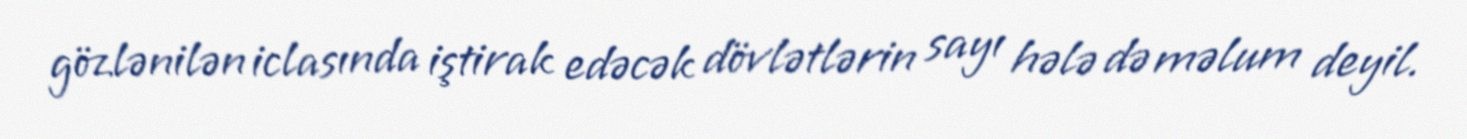
gözlənilən iclasında iştirak edəcək dövlətlərin sayı hələ də məlum deyil.